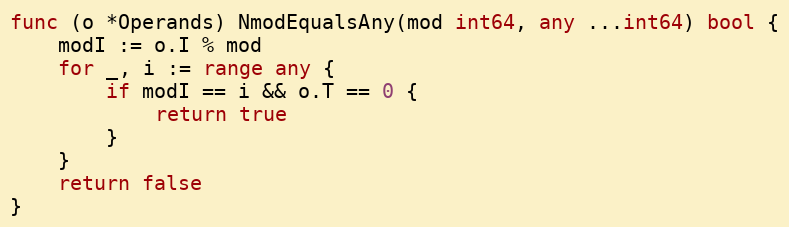
Language: Go
func (o *Operands) NmodEqualsAny(mod int64, any ...int64) bool {
	modI := o.I % mod
	for _, i := range any {
		if modI == i && o.T == 0 {
			return true
		}
	}
	return false
}